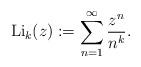
LaTeX: \begin{gather*}\operatorname{Li}_k(z):= \sum_{n=1}^{\infty} {z^n \over n^k}.\end{gather*}